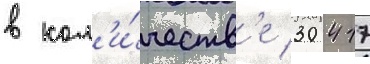
в кол'и́честв'е 30 417